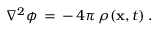
\nabla ^ { 2 } \phi \, = \, - \, 4 \pi \, \rho ( { \bf x } , t ) \, .